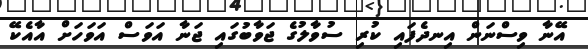
އޭނާ ވިސްނަން އިނދެފައި ކުރި ސުވާލުގެ ޖަވާބުގައި ޖަނާ އަވަސް އަވަހަށް އާއެކޭ